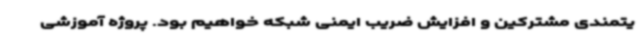
یتمندی مشترکین و افزایش ضریب ایمنی شبکه خواهیم بود. پروژه آموزشی